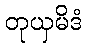
တုယှမိဒံ